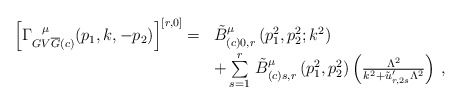
\begin{align*}\begin{array}{rl}\left[ \Gamma^{\hspace{0.25cm}\mu}_{GV{\overline{G}}(c)} (p_{1}, k,-p_{2})\right]^{[r,0]} = & \tilde{B}^{\mu}_{(c)0,r} \left(p^{2}_{1},p^{2}_{2};k^{2}\right)\\\mbox{} & + \sum \limits^{r}_{s=1} \, \tilde{B}^{\mu}_{(c)s,r}\left(p^{2}_{1}, p^{2}_{2}\right) \left( \frac{\Lambda^{2}}{k^{2} +\tilde{u}'_{r,2s} \Lambda^{2}} \right) \, ,\end{array}\end{align*}